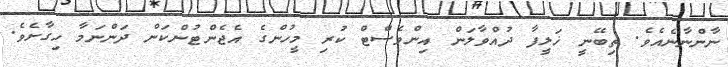
ނާންނާނެއެވެ. ތިބޭނީ ޚަލީފާ ދުއްވާލަން އިންވެސްޓް ކުރި މީހުންގެ އެޖެންޓުންކަން ދަންނަމާ ހިގާށެވެ.